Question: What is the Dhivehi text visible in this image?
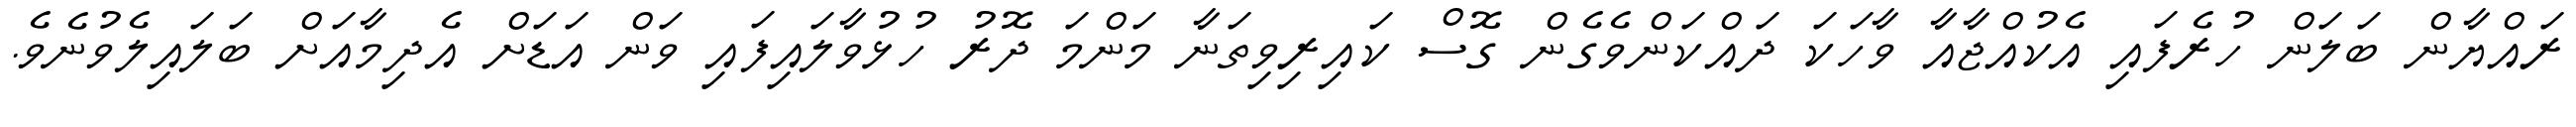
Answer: ރައްޔާން ބަލަން ހުރެފައި އެކުއްޖާއާ ވާހަކަ ދައްކަންވެގެން ގޮސް ކައިރިވިތަނާ މަންމަ ދޮރު ހުޅުވާލައިފައި ވަން އަޑަށް އެދިމާއަށް ބަލައިލެވުނެވެ.